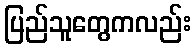
ပြည်သူတွေကလည်း